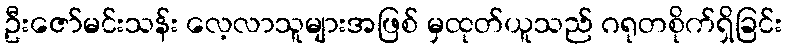
ဦးဇော်မင်းသန်း လေ့လာသူများအဖြစ် မှထုတ်ယူသည် ဂရုတစိုက်ရှိခြင်း